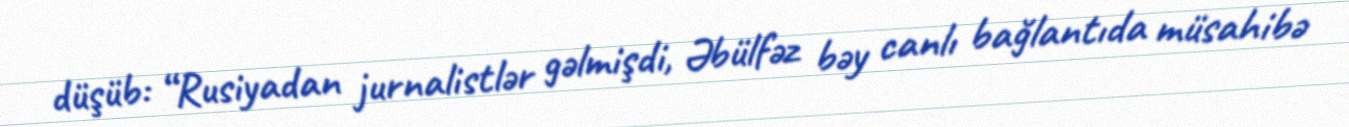
düşüb: “Rusiyadan jurnalistlər gəlmişdi, Əbülfəz bəy canlı bağlantıda müsahibə